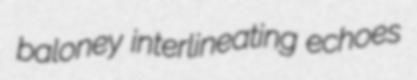
baloney interlineating echoes